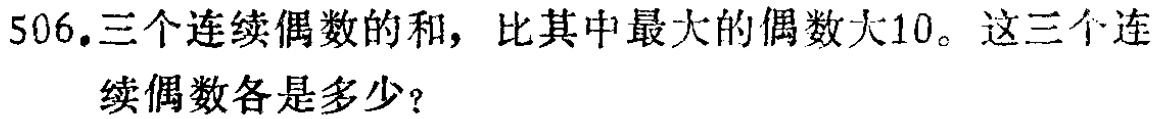
506.三个连续偶数的和，比其中最大的偶数大10。这三个连续偶数各是多少？